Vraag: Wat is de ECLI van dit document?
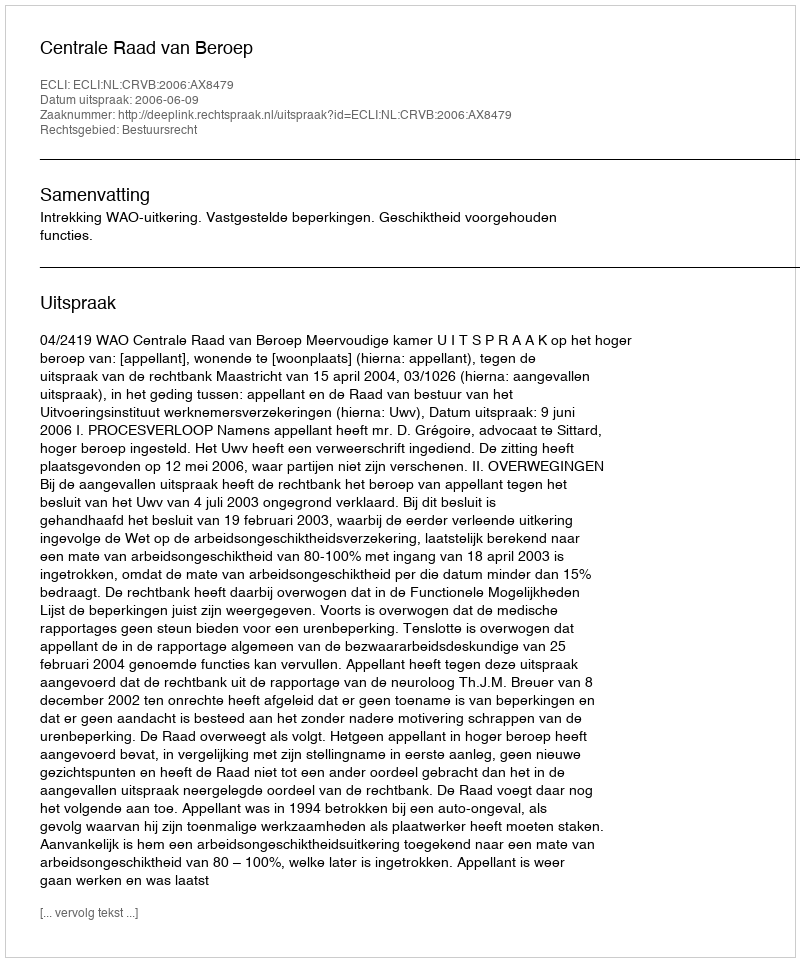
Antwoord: ECLI:NL:CRVB:2006:AX8479